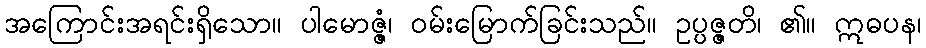
အကြောင်းအရင်းရှိသော။ ပါမောဇ္ဇံ၊ ဝမ်းမြောက်ခြင်းသည်။ ဥပ္ပဇ္ဇတိ၊ ၏။ ဣဓပန၊